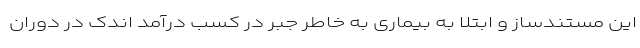
این مستندساز و ابتلا به بیماری به خاطر جبر در کسب درآمد اندک در دوران